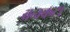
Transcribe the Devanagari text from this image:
बनकटा